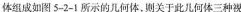
体组成如图5-2-1所示的几何体，则关于此几何体三种视